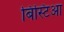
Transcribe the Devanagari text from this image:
बिस्टिआ